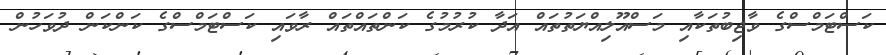
ކަސްޓަމްސްގެ ވާޖިބުތަކާއި މަސްއޫލިއްޔަތުތައް އަދާ ކުރުމުގެ ކަންތައްތައް ރާވައި ކަސްޓަމްސްގެ ކަންކަން ދުވަހުން